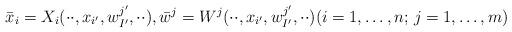
LaTeX: \begin{align*}\bar x_i=X_i(\cdot\cdot,x_{i'},w^{j'}_{I'},\cdot\cdot), \bar w^j=W^j(\cdot\cdot,x_{i'},w^{j'}_{I'},\cdot\cdot)(i=1,\ldots,n;\,j=1,\ldots,m)\end{align*}